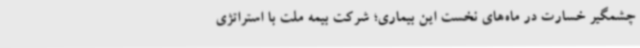
چشمگیر خسارت در ماه‌های نخست این بیماری؛ شرکت بیمه ملت با استراتژی